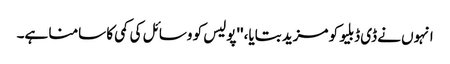
انہوں نے ڈی ڈبلیو کو مزید بتایا، ''پولیس کو وسائل کی کمی کا سامنا ہے۔